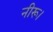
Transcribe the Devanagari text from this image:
नीरू।